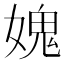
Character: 媿